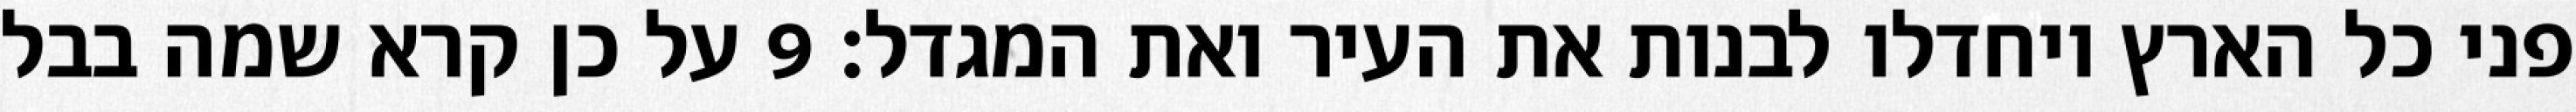
פני כל הארץ ויחדלו לבנות את העיר ואת המגדל׃ ‎9‏ על כן קרא שמה בבל